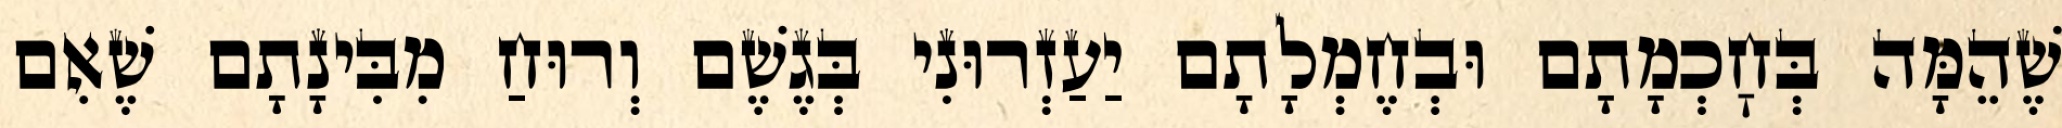
שֶׁהֵמָּה בְּחׇכְמָתָם וּבְחֶמְלָתָם יַעַזְרוּנִי בְּגֶשֶׁם וְרוּחַ מִבִּינָתָם שֶׁאִם